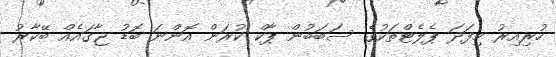
ހުރިއިރު މިފަދަ ޕެލެޓްތަކުގެ ސަބަބުން ޕާކް ކުރަން އޮންނަ ބޮޑު ޖާގައެއް ބޭކާރު